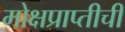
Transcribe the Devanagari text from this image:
मोक्षप्राप्तीची